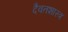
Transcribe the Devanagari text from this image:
दैवतशास्त्र